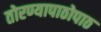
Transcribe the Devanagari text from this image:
तोरण्यापाठोपाठ